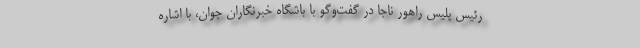
رئیس پلیس راهور ناجا در گفت‌وگو با باشگاه خبرنگاران جوان، با اشاره